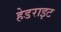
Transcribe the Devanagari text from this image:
हेडराइट